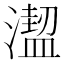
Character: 𣿣